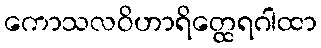
ကောသလဝိဟာရိတ္ထေရဂါထာ